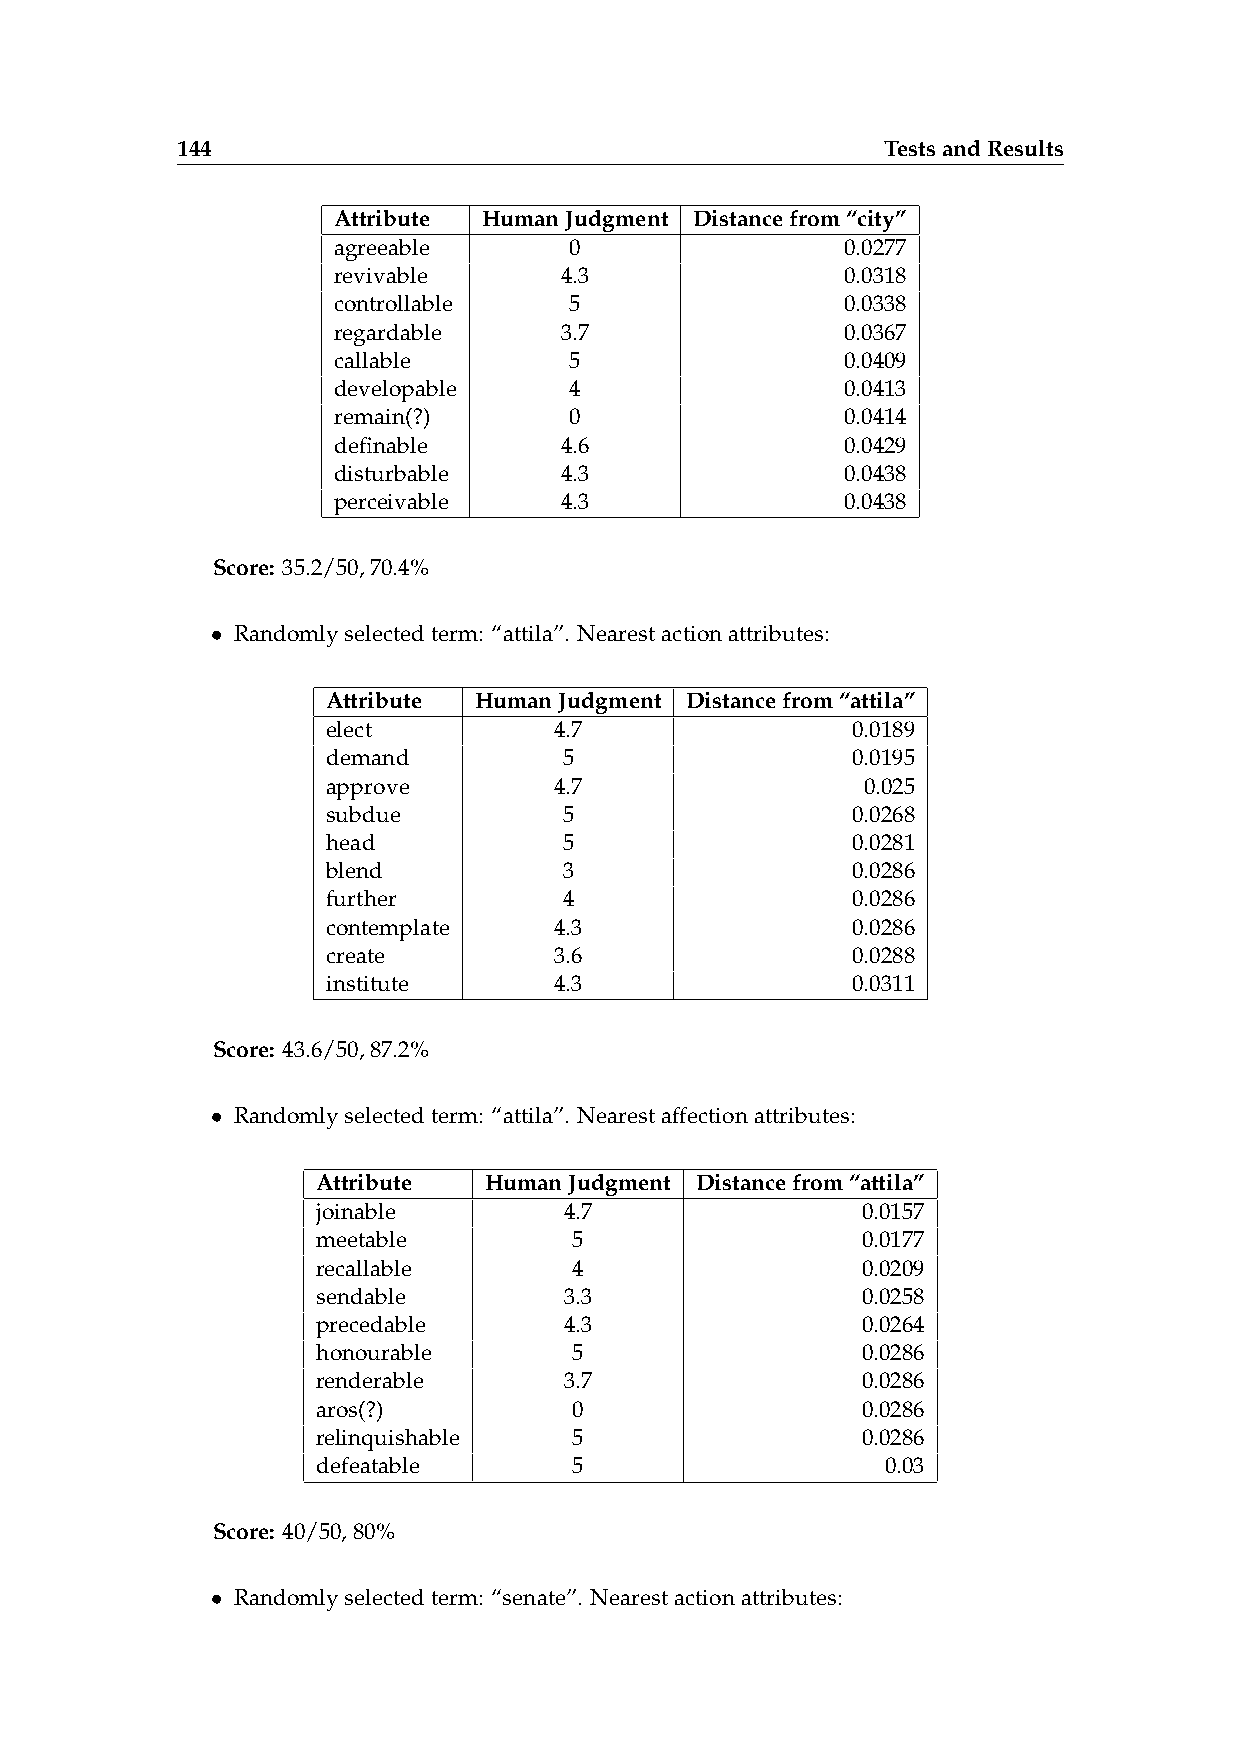
144                                            TestsandResults
 Attribute HumanJudgment Distancefrom“city”
 agreeable       0                 0.0277
 revivable      4.3                0.0318
 controllable    5                 0.0338
 regardable     3.7                0.0367
 callable        5                 0.0409
 developable     4                 0.0413
 remain(?)       0                 0.0414
 definable      4.6                0.0429
 disturbable    4.3                0.0438
 perceivable    4.3                0.0438
 Score: 35.2/50,70.4%
 • Randomlyselectedterm: “attila”. Nearestactionattributes:
 Attribute HumanJudgment Distancefrom“attila”
 elect          4.7                0.0189
 demand         5                  0.0195
 approve        4.7                 0.025
 subdue         5                  0.0268
 head           5                  0.0281
 blend          3                  0.0286
 further        4                  0.0286
 contemplate    4.3                0.0286
 create         3.6                0.0288
 institute      4.3                0.0311
 Score: 43.6/50,87.2%
 • Randomlyselectedterm: “attila”. Nearestaffectionattributes:
 Attribute  HumanJudgment Distancefrom“attila”
 joinable        4.7                 0.0157
 meetable         5                  0.0177
 recallable       4                  0.0209
 sendable        3.3                 0.0258
 precedable      4.3                 0.0264
 honourable       5                  0.0286
 renderable      3.7                 0.0286
 aros(?)          0                  0.0286
 relinquishable   5                  0.0286
 defeatable       5                    0.03
 Score: 40/50,80%
 • Randomlyselectedterm: “senate”. Nearestactionattributes: